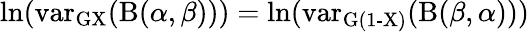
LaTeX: \ln(\operatorname{var_{GX}}(\mathrm{B}(\alpha,\beta)))=\ln(\operatorname{var_{G(1-X)}}(\mathrm{B}(\beta,\alpha)))